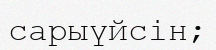
сарыүйсін;